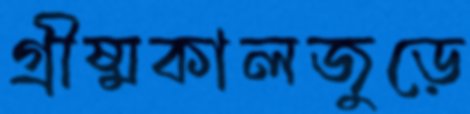
গ্রীষ্মকালজুড়ে